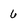
Character: 6